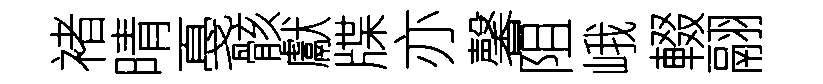
褚晴戞骸獻牒亦馨阻峨輟翮